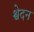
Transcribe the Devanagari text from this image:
श्वेदन